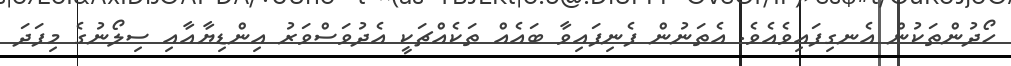
ހޯދުންތަކުން އެނގިފައިވެއެވެ. އެތަނުން ފެނިފައިވާ ބައެއް ތަކެއްޗަކީ އެދުވަސްވަރު އިންޑިޔާއާއި ސިލޯނުގެ މިފަދަ